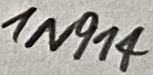
Text: 1N914